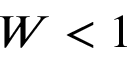
W < 1